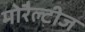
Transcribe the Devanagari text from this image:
मोरैल्टीज